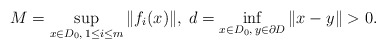
\begin{align*}M = \sup_{x\in D_0,\, 1\le i \le m} \|f_i(x)\|,\; d=\inf_{x\in D_0,\, y\in \partial D} \|x-y\|>0.\end{align*}